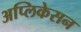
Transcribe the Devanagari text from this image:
अप्लिकेसन